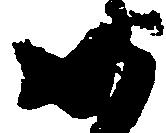
如